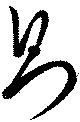
則